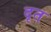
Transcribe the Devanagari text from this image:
दृत